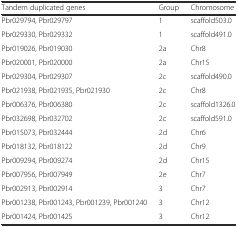
| Tandem duplicated genes | Group | Chromosome |
 | --- | --- | --- |
 | Pbr029794, Pbr029797 | 1 | scaffold503.0 |
 | Pbr029330, Pbr029332 | 1 | scaffold491.0 |
 | Pbr019026, Pbr019030 | 2a | Chr8 |
 | Pbr020001, Pbr020000 | 2a | Chr15 |
 | Pbr029304, Pbr029307 | 2c | scaffold490.0 |
 | Pbr021938, Pbr021935, Pbr021930 | 2c | Chr8 |
 | Pbr006376, Pbr006380 | 2c | scaffold1326.0 |
 | Pbr032698, Pbr032702 | 2c | scaffold591.0 |
 | Pbr015073, Pbr032444 | 2d | Chr6 |
 | Pbr018132, Pbr018122 | 2d | Chr9 |
 | Pbr009294, Pbr009274 | 2d | Chr15 |
 | Pbr007956, Pbr007949 | 2e | Chr7 |
 | Pbr002913, Pbr002914 | 3 | Chr7 |
 | Pbr001238, Pbr001243, Pbr001239, Pbr001240 | 3 | Chr12 |
 | Pbr001424, Pbr001425 | 3 | Chr12 |